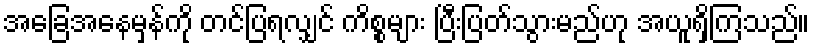
အခြေအနေမှန်ကို တင်ပြရလျှင် ကိစ္စများ ပြီးပြတ်သွားမည်ဟု အယူရှိကြသည်။